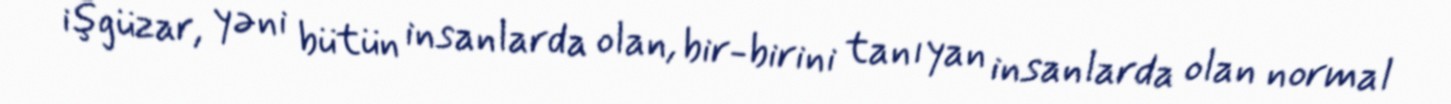
işgüzar, yəni bütün insanlarda olan, bir-birini tanıyan insanlarda olan normal